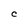
Character: C